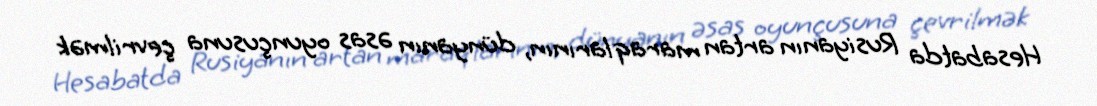
Hesabatda Rusiyanın artan maraqlarının, dünyanın əsas oyunçusuna çevrilmək